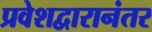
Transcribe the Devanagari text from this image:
प्रवेशद्वारानंतर